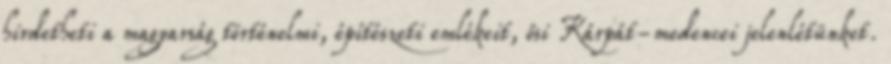
hirdetheti a magyarság történelmi, építészeti emlékeit, ősi Kárpát-medencei jelenlétünket.